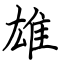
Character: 雄